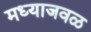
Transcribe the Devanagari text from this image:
मध्याजवळ